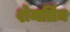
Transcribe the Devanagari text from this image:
शेमर्तिन